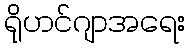
ရိုဟင်ဂျာအရေး